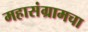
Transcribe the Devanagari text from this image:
महासंग्रामचा